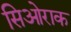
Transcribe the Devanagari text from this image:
सिओराक